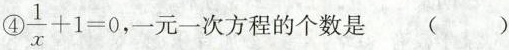
④$$\frac{1}{x}+1=0$$，一元一次方程的个数是 ()